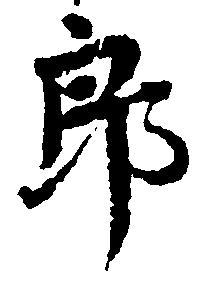
郎